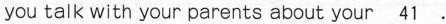
you talk with your parents about your\underline{41}.